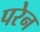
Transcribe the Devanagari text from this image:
परेन